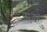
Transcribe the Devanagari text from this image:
सदर्हु